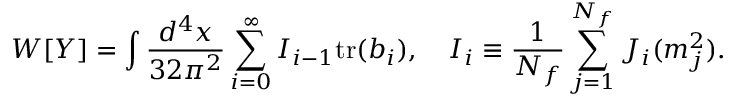
W [ Y ] = \int \frac { d ^ { 4 } x } { 3 2 \pi ^ { 2 } } \sum _ { i = 0 } ^ { \infty } I _ { i - 1 } \mathrm { t r } ( b _ { i } ) , \quad I _ { i } \equiv \frac { 1 } { N _ { f } } \sum _ { j = 1 } ^ { N _ { f } } J _ { i } ( m _ { j } ^ { 2 } ) .